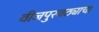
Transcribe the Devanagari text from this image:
वीजपुरवठ्याचा